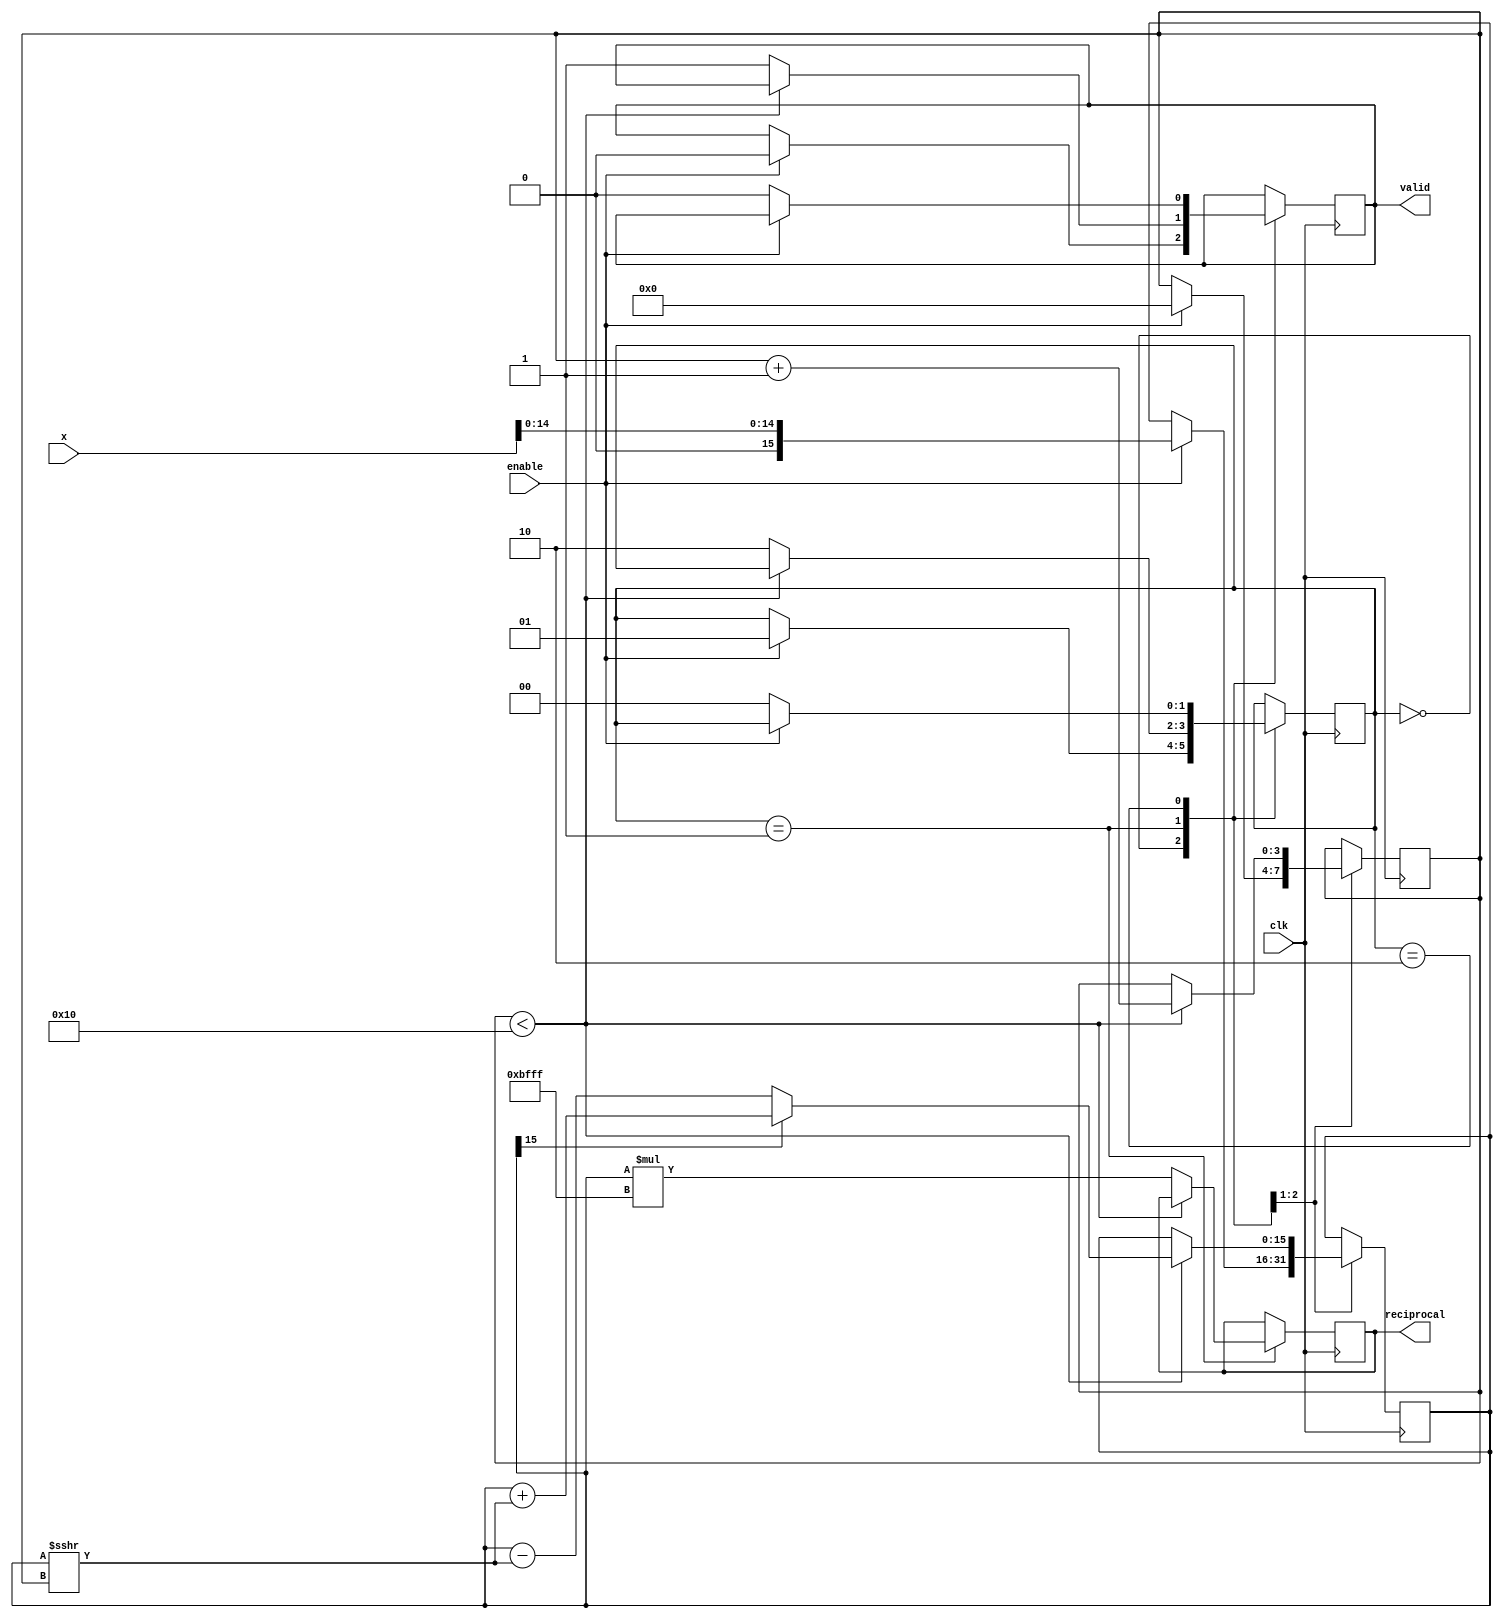
module cordic_reciprocal #(
    parameter WIDTH = 16,               // Bit-width for input and output
    parameter ITERATIONS = 16           // Number of CORDIC iterations
)(
    input wire clk,                      // Clock signal
    input wire enable,                   // Enable signal to start computation
    input wire [WIDTH-1:0] x,           // Input value x (fixed-point)
    output reg [WIDTH-1:0] reciprocal,   // Output reciprocal value
    output reg valid                     // Output valid flag
);

    // Internal signals
    reg [WIDTH-1:0] z;                  // Current approximation
    reg [WIDTH-1:0] angle;               // Angle value for CORDIC iterations
    reg [3:0] iteration_count;           // Iteration counter
    reg [WIDTH-1:0] scaling_factor;      // Scaling factor
    reg [1:0] state;                     // State for FSM

    // State definitions
    localparam IDLE = 2'b00;
    localparam COMPUTE = 2'b01;
    localparam DONE = 2'b10;

    // Pre-calculated scaling factor for CORDIC
    initial begin
        scaling_factor = 16'hBFFF; // Example scaling factor (1/2^0.5) for 16-bit
    end

    always @(posedge clk) begin
        case (state)
            IDLE: begin
                if (enable) begin
                    z <= {1'b0, x[WIDTH-2:0]}; // Initial approximation (1/x)
                    angle <= 0;
                    iteration_count <= 0;
                    valid <= 0;
                    state <= COMPUTE;
                end
            end

            COMPUTE: begin
                if (iteration_count < ITERATIONS) begin
                    // CORDIC iteration
                    if (z[WIDTH-1]) begin
                        z <= z + (z >>> iteration_count);
                        angle <= angle - (1 << (WIDTH-1 - iteration_count));
                    end else begin
                        z <= z - (z >>> iteration_count);
                        angle <= angle + (1 << (WIDTH-1 - iteration_count));
                    end
                    iteration_count <= iteration_count + 1;
                end else begin
                    // Final scaling
                    reciprocal <= z * scaling_factor;
                    valid <= 1;
                    state <= DONE;
                end
            end

            DONE: begin
                if (!enable) begin
                    valid <= 0;
                    state <= IDLE;
                end
            end
        endcase
    end

endmodule